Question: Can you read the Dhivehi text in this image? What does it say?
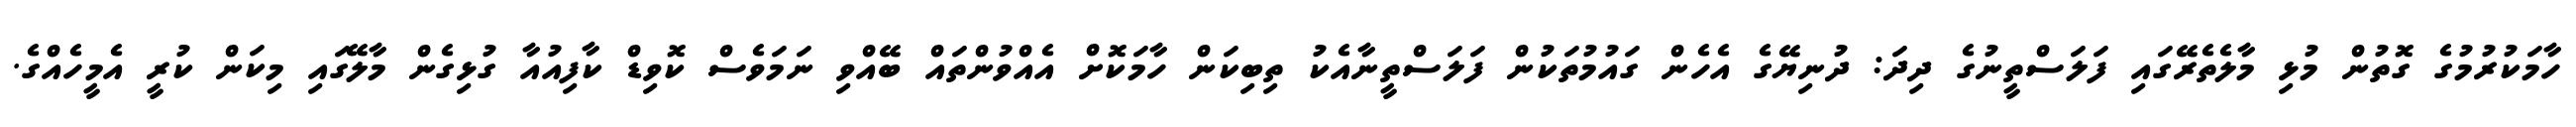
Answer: ހާމަކުރުމުގެ ގޮތުން މުޅި މާލެތެރޭގައި ފަލަސްތީނުގެ ދިދަ: ދުނިޔޭގެ އެހެން ގައުމުތަކުން ފަލަސްތީނާއެކު ތިބިކަން ހާމަކޮށް އެއްވުންތައް ބޭއްވި ނަމަވެސް ކޮވިޑް ކާފިއުއާ ގުޅިގެން މާލޭގައި މިކަން ކުރީ އެމީހެއްގެ.